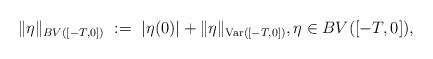
\begin{align*}\|\eta\|_{BV([-T,0])} \ := \ |\eta(0)| + \|\eta\|_{\textup{Var}([-T,0])}, \eta\in BV([-T,0]),\end{align*}